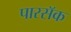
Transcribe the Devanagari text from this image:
पारसॅक